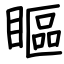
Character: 瞘